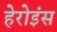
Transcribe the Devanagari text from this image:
हेरोइंस